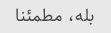
بله، مطمئنا